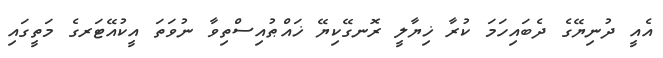
އެއީ ދުނިޔޭގެ ދެބައިހަމަ ކުރާ ޚިޔާލީ ރޮނގޭކިޔޭ ޚައްޠުއިސްތިވާ ނުވަތަ އީކުއޭޓަރގެ މަތީގައި